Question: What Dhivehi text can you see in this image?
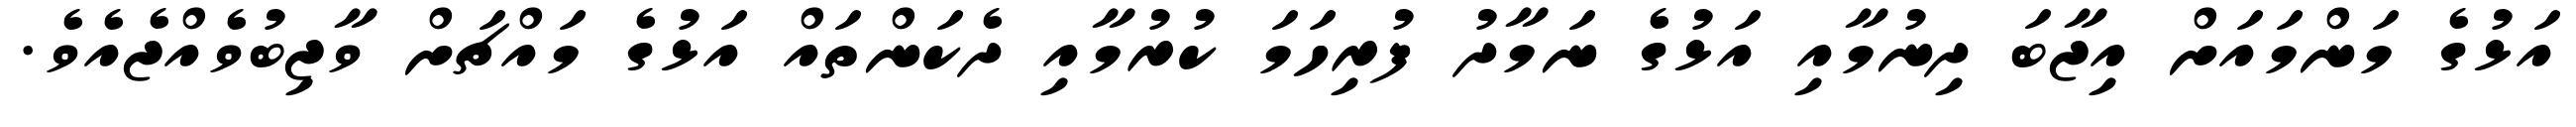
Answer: އަޅުގެ މަންމައަށް އިޖާބަ ދިނުމާއި އަޅުގެ ނަމާދު ފުރިހަމަ ކުރުމާއި ދެކަންތައް އަޅުގެ މައްޗަށް ވާޖިބުވެއްޖެއެވެ.